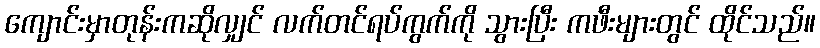
ကျောင်းမှာတုန်းကဆိုလျှင် လက်တင်ရပ်ကွက်ကို သွားပြီး ကဖီးများတွင် ထိုင်သည်။